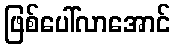
ဖြစ်ပေါ်လာအောင်